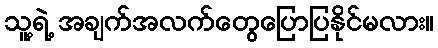
သူ့ရဲ့ အချက်အလက်တွေပြောပြနိုင်မလား။